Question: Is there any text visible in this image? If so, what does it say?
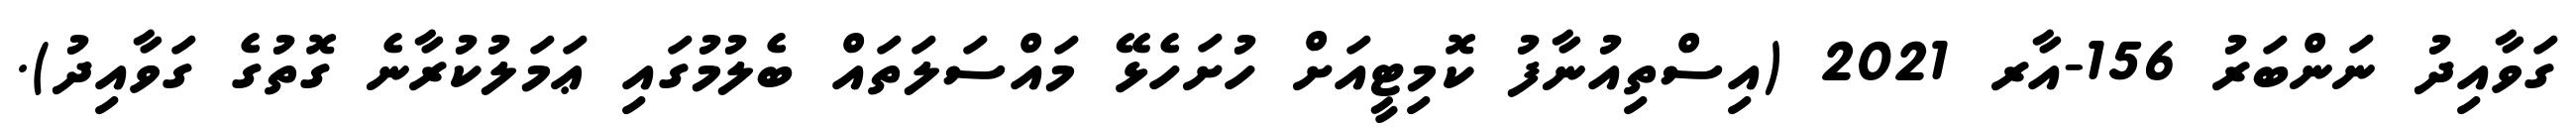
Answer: ގަވާއިދު ނަންބަރު 156-އާރ 2021 (އިސްތިއުނާފު ކޮމިޓީއަށް ހުށަހެޅޭ މައްސަލަތައް ބެލުމުގައި ޢަމަލުކުރާނެ ގޮތުގެ ގަވާއިދު).